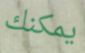
يمكنك